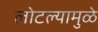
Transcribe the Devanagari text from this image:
लोटल्यामुळे